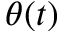
\theta ( t )